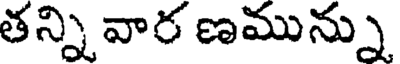
తన్ని వార ణమున్ను